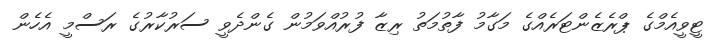
ޓީވީއެމްގެ ޕްރެޒެންޓަރެއްގެ މަގާމު ފާތުމަތު ރިޒާ ފުރުއްވަމުން ގެންދެވީ ސަރުކާރުގެ ރަސްމީ އެހެން